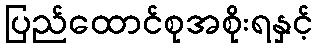
ပြည်ထောင်စုအစိုးရနှင့်